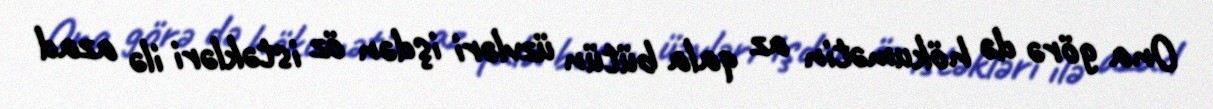
Ona görə də hökumətin az qala bütün üzvləri işdən öz istəkləri ilə azad